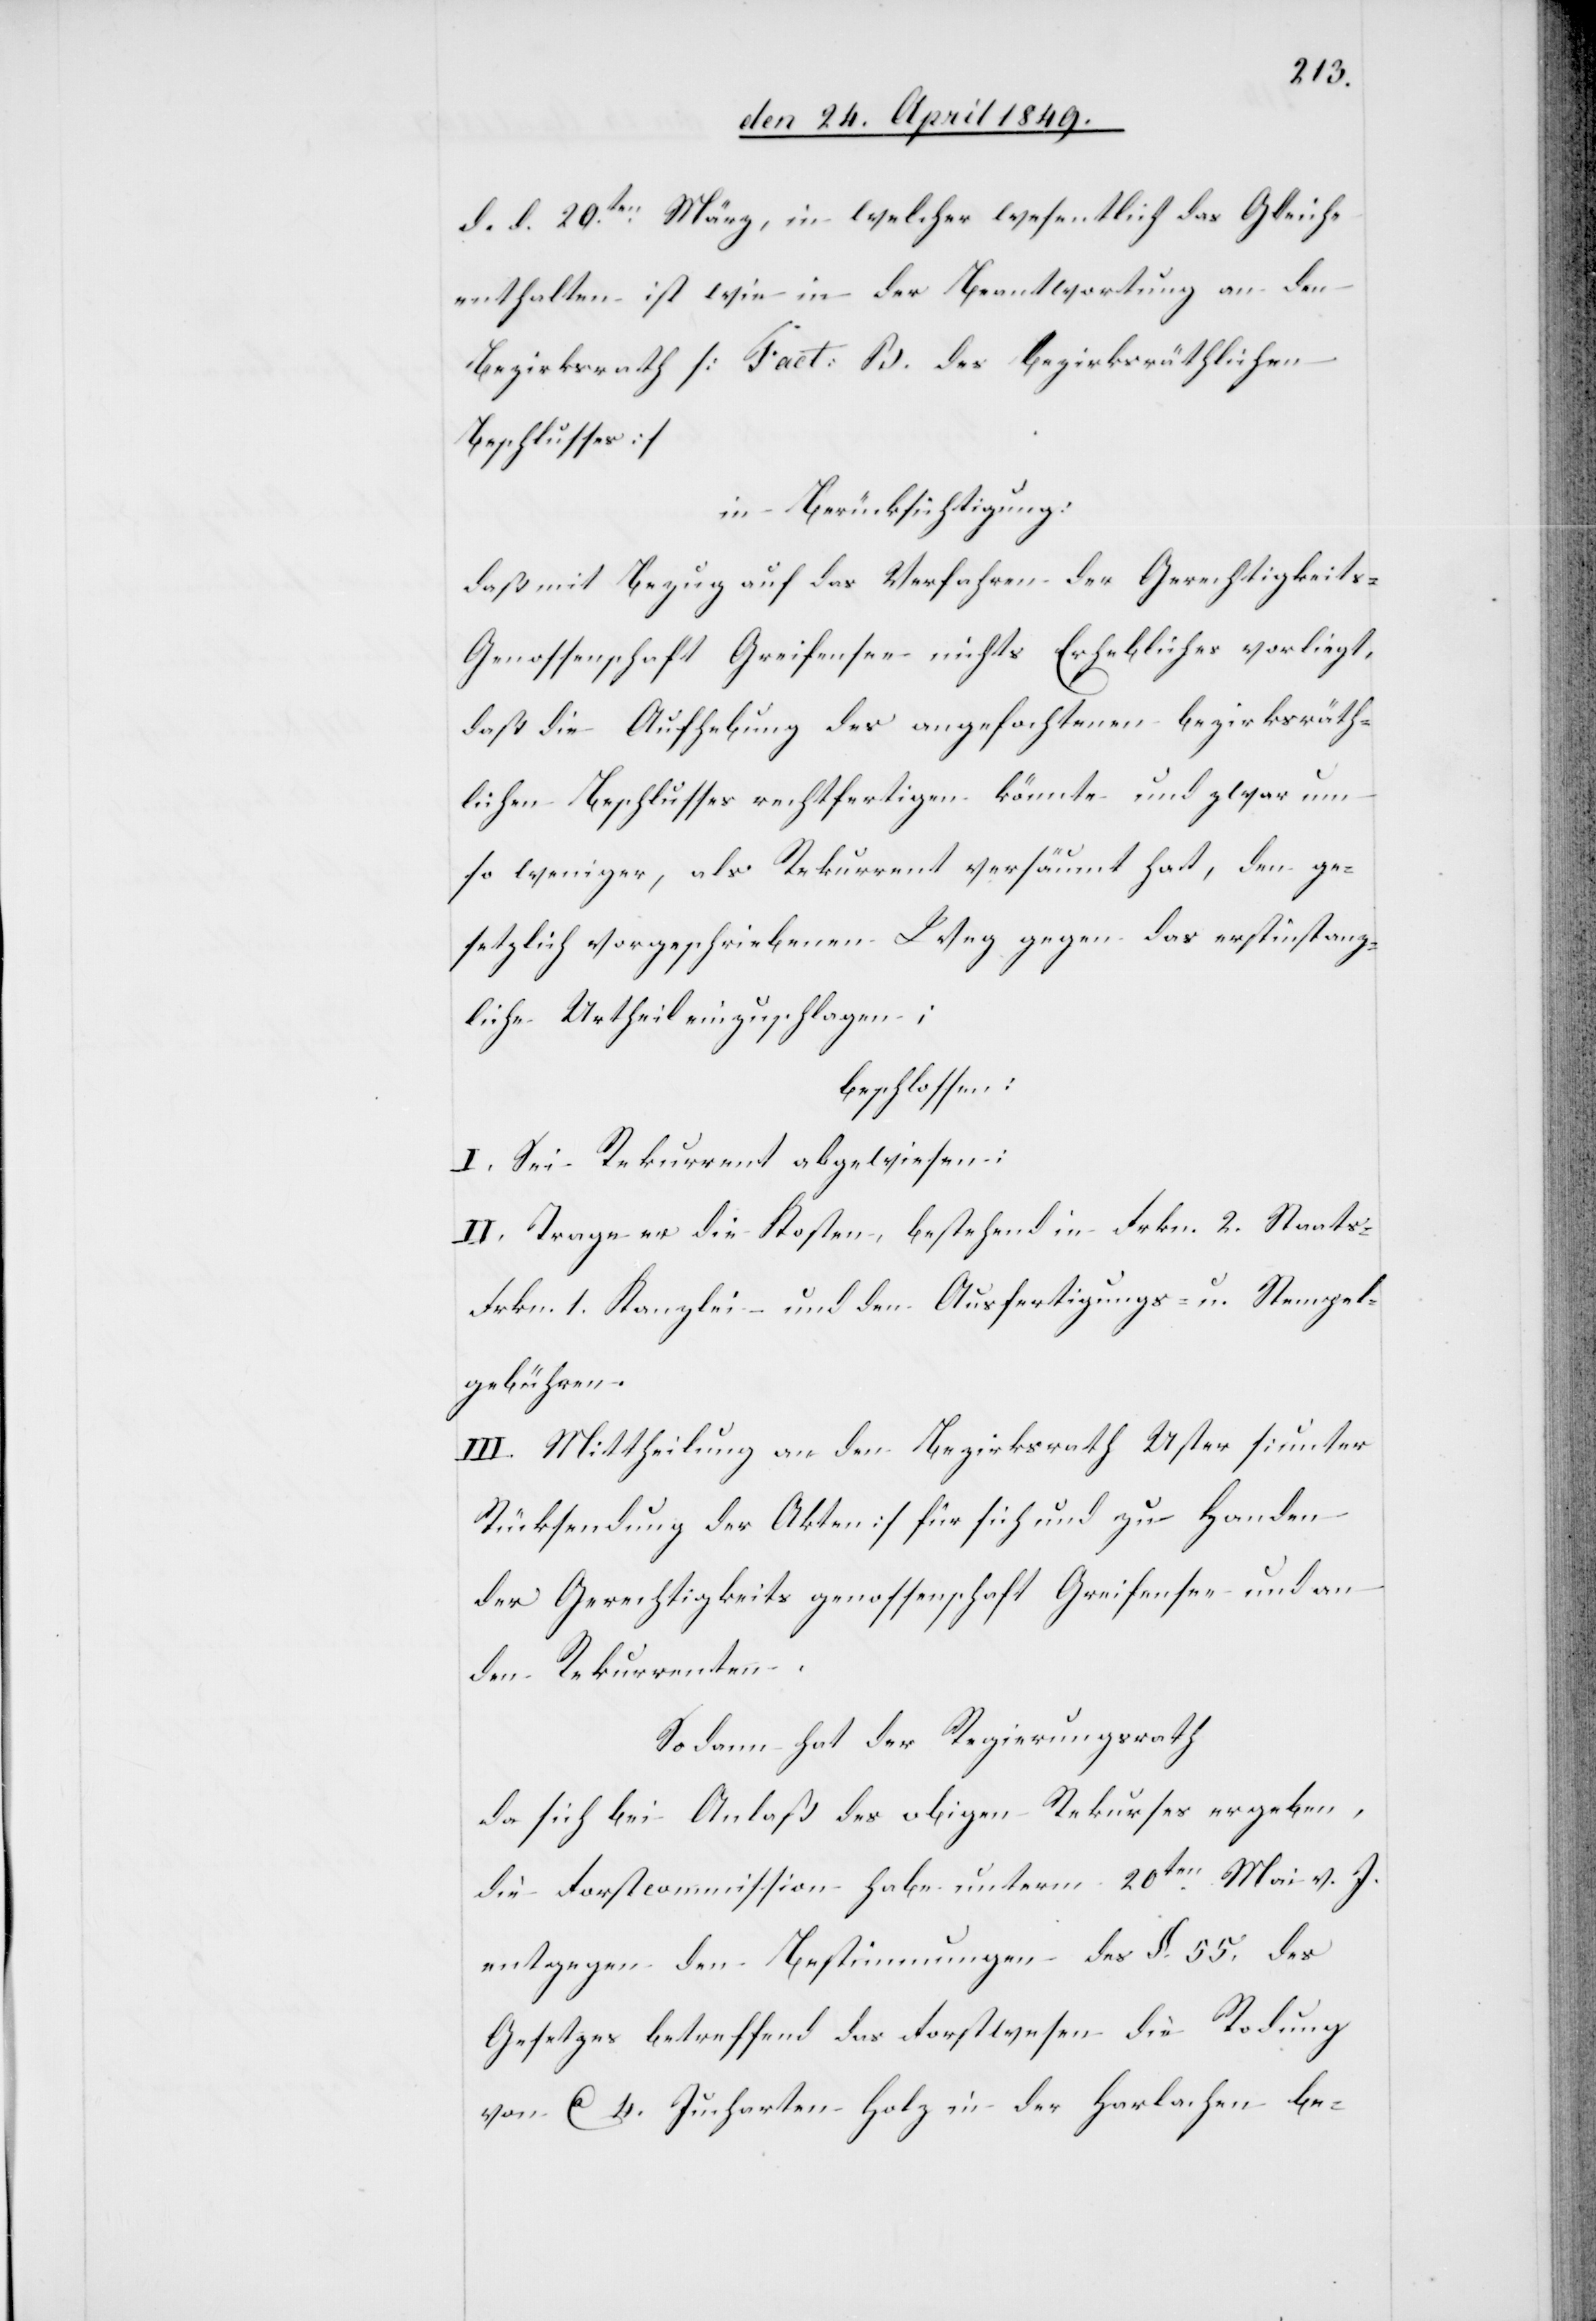
d. d. 20ten März, in welcher wesentlich das Gleiche
enthalten ist wie in der Beantwortung an den
Bezirksrath [Fact. B. des bezirksräthlichen
Beschlusses]
in Berücksichtigung:
daß mit Bezug auf das Verfahren der Gerechtigkeit¬
s-Genossenschaft Greifensee nichts Erhebliches vorliegt,
daß die Aufhebung des angefochtenen bezirksräth¬
lichen Beschlusses rechtfertigen könnte und zwar um
so weniger, als Rekurrent versäumt hat, den ge¬
setzlich vorgeschriebenen Weg gegen das erstinstanz¬
liche Urtheil einzuschlagen;
beschlossen:
I. Sei Rekurrent abgewiesen:
II. Trage er die Kosten, bestehend in Frkn. 2. Staats-[,]
Frkn. 1. Kanzlei- und den Ausfertigungs- u. Stempel¬
gebühren.
III. Mittheilung an den Bezirksrath Uster [unter
Rücksendung der Akten] für sich und zu Handen
der Gerechtigkeitsgenossenschaft Greifensee und an
den Rekurrenten.
Sodann hat der Regierungsrath
da sich bei Anlaß des obigen Rekurses ergeben,
die Forstcommission habe unterm 20ten Mai v. J.
entgegen den Bestimmungen des §. 55. des
Gesetzes betreffend das Forstwesen die Rodung
von Ca 4. Jucharten Holz in der Harlachen be-